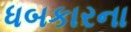
ધબકારના